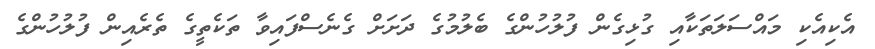
އެކިއެކި މައްސަލަތަކާއި ގުޅިގެން ފުލުހުންގެ ބެލުމުގެ ދަށަށް ގެނެސްފައިވާ ތަކެތީގެ ތެރެއިން ފުލުހުންގެ